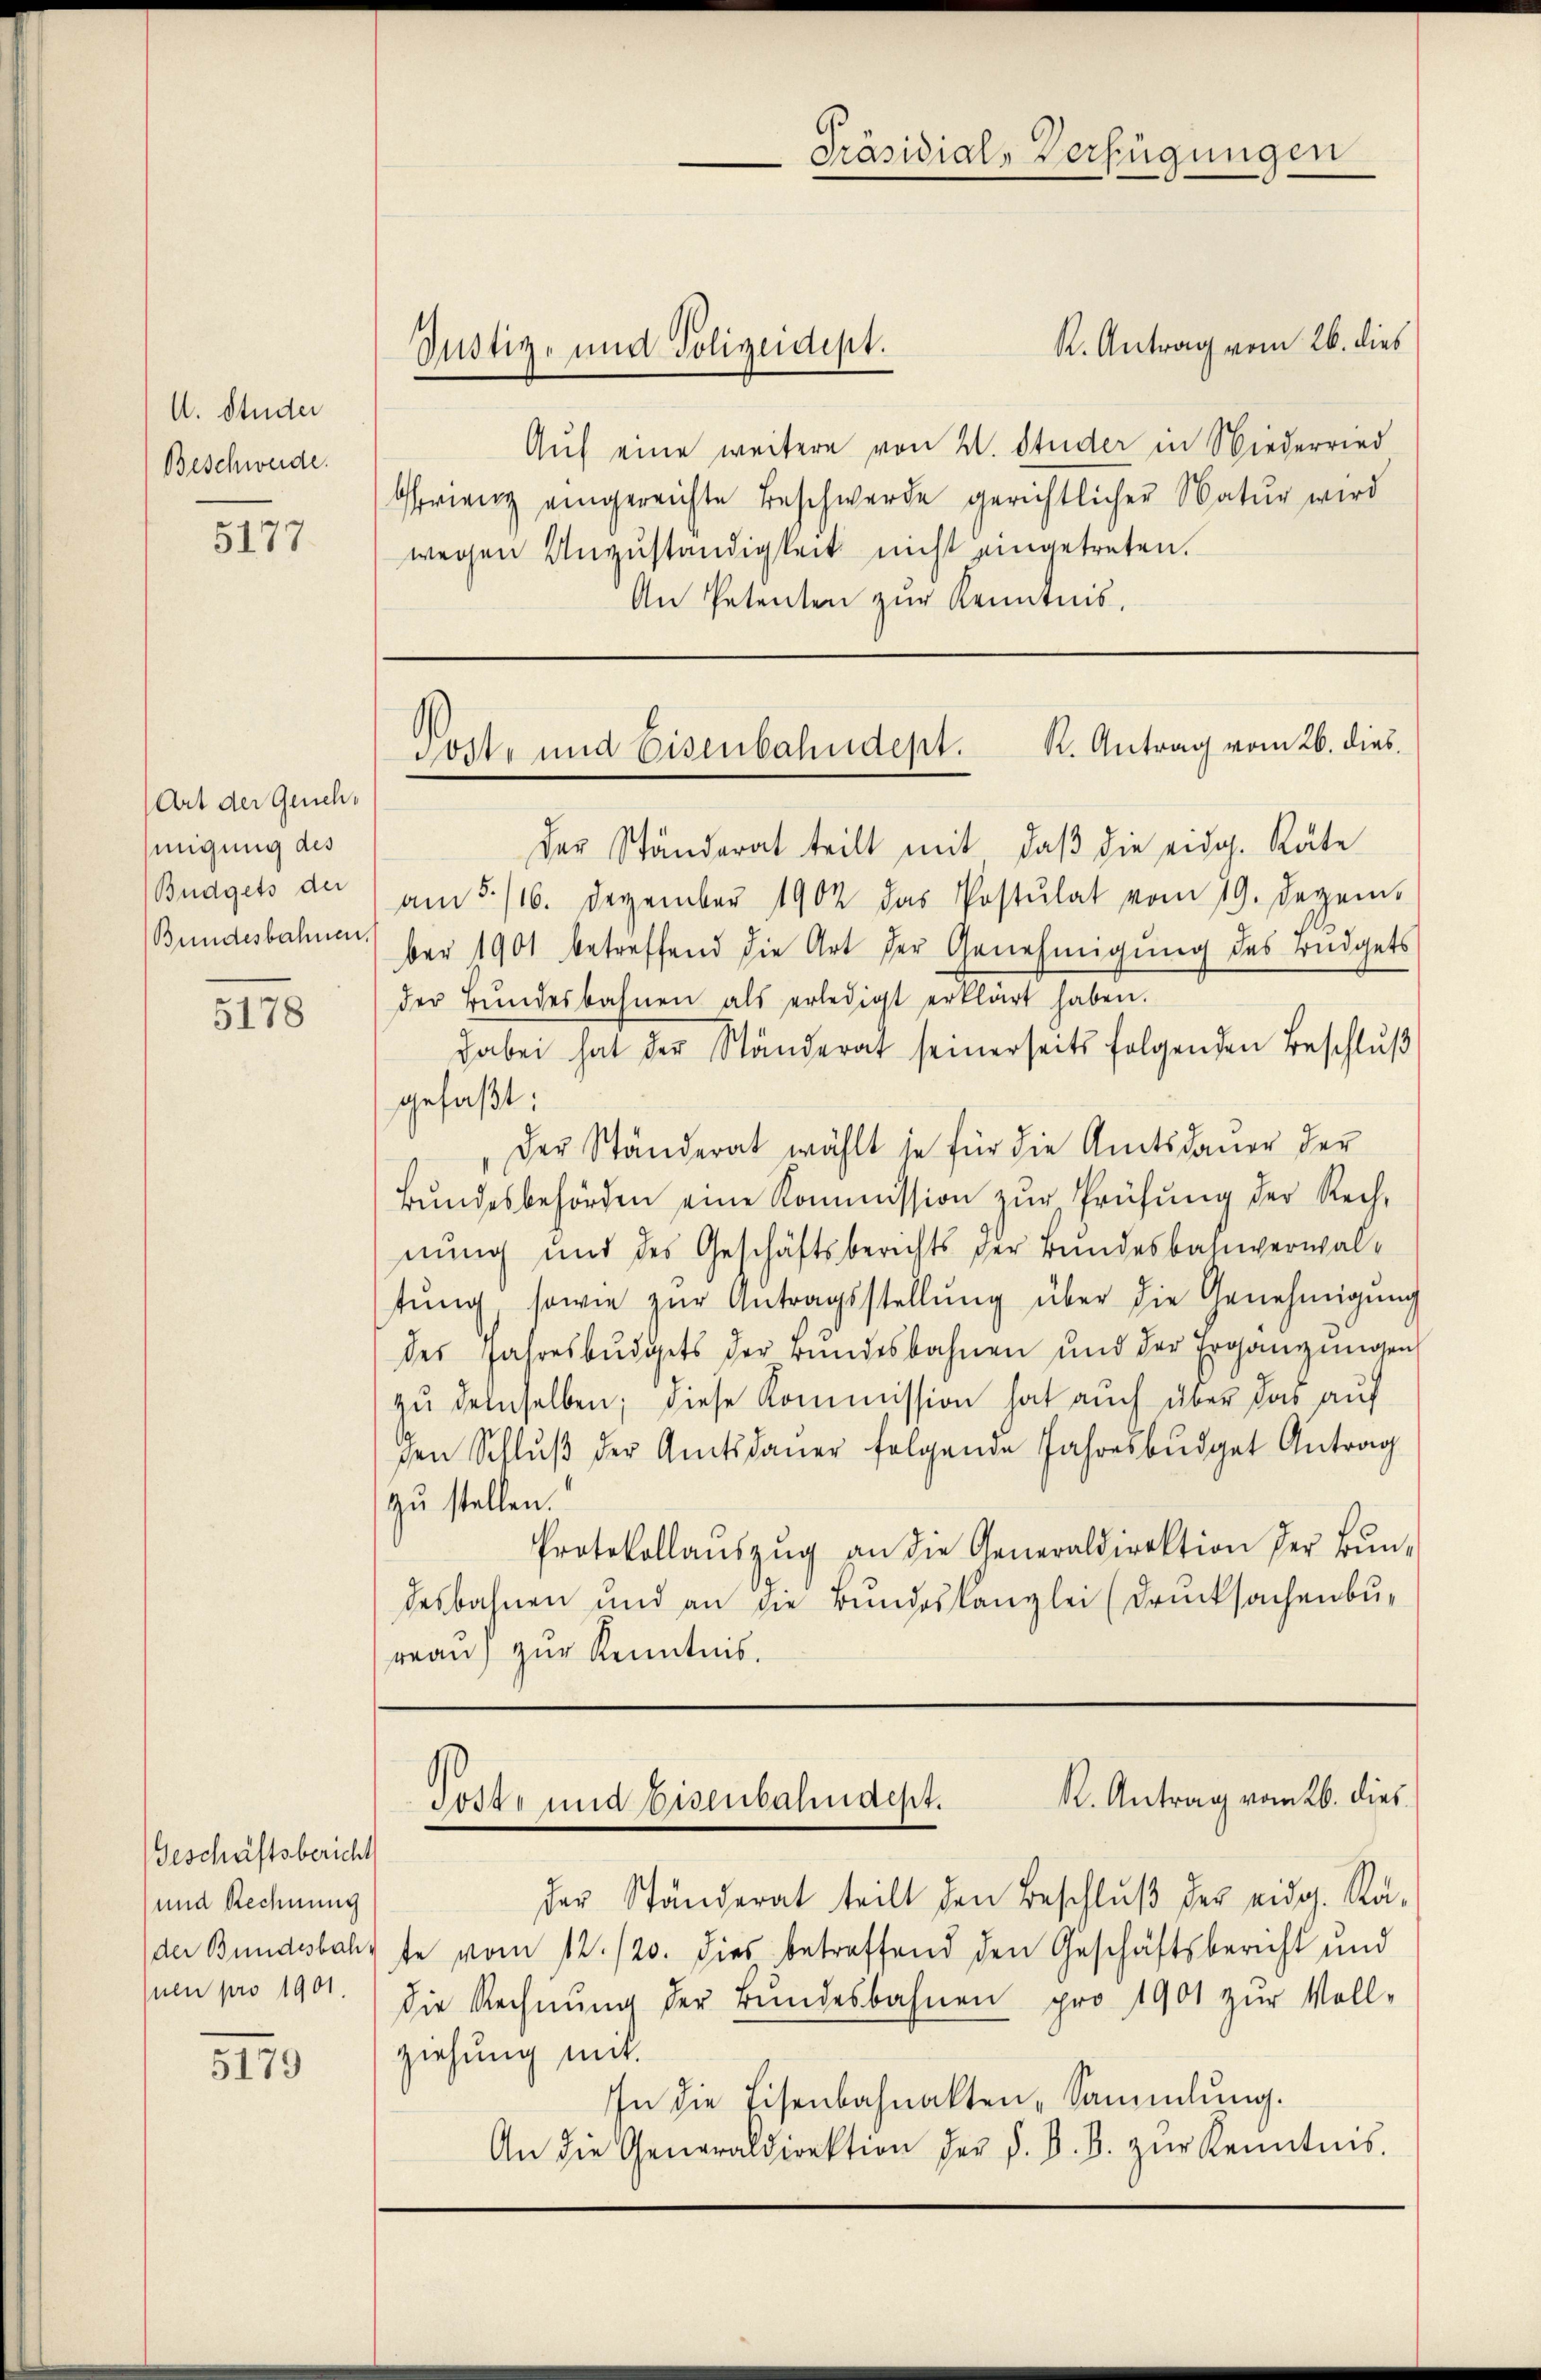
U. Studer
Beschwerde.

5177

Art der Genehmigung des
Budgets der
Bundesbahnen.

5178

Geschäftsbericht
und Rechnung
der Bundesbahuen pro 1901.

5179

R. Antrag vom 26. dies
Aŭf eine weitere von W. Studer in Niederried
Orienz eingereichte Beschwerde gerichtlicher Natur wird
wegen Unzuständigkeit nicht eingetreten.
An Petenten zur Kenntnis,

Justiz- und Polizeidept.

Der Ständerat teilt mit daβ die eidg. Räte
am 5. 116. Dezember 1902 das Postulat vom 19. Dezem
ber 1901 betreffend die Art der Genehmigung des Büdgets
der Bŭndesbahnen als erledigt erklärt haben.
dabei hat der Ständerat seinerseits folgenden Beschlŭβ
gefaßt:
Der Ständerat wählt in für die Amtsdauer der
Bŭndesbehörden eine Kommission zŭr Prüfung der Rech-
nung und des Geschäftsberichts der Bundesbahnverwaltŭng, sowie zŭr Antragsstellŭng über die Genehmigung
des Jahresbŭdgets der Bundesbahnen und der Ergänzungen
zŭ demselben; diese Kommission hat auch über das auf
den Schlŭβ der Amtsdaŭer folgende Jahresbŭdget Antrag
zu stellen.
Protokollaŭszŭg an die Generaldirektion der Bŭn-
desbahnen und an die Bundeskanzlei (Drucksachenbu-
reau zur Kenntnis.

Präsidial-Verfügungen

Post- und Eisenbahndept. K. Antrag vom 26. dies

K. Antrag vom 26. dies
Tost- und Eisenbahndept.

der Ständerat teilt den Beschlŭβ der eidg. Räte vom 12. 120. dies betreffend den Geschäftsbericht und
die Rechnŭng der Bŭndesbahnen pro 1901 zur Voll-
ziehung mit.
In die Eisenbahnakten Sammlung.
An die Generaldirektion der d. d. B. zŭr Kenntnis.